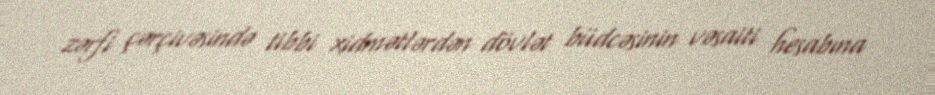
zərfi çərçivəsində tibbi xidmətlərdən dövlət büdcəsinin vəsaiti hesabına